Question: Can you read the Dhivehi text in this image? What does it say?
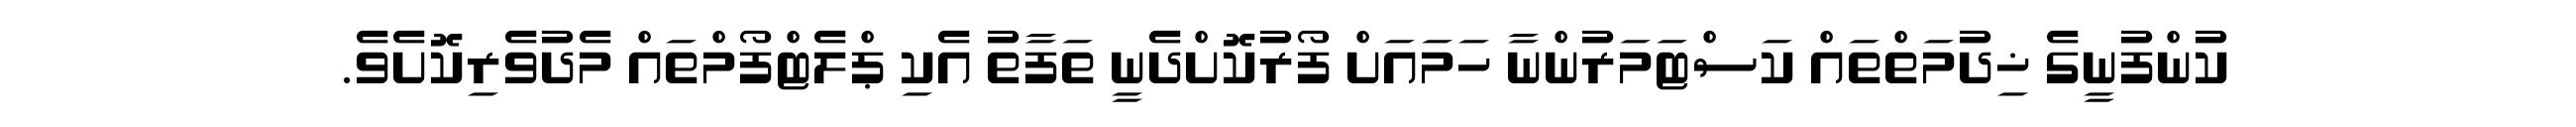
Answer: ކުންފުނީގެ ޚިދުމަތްތައް ކަސްޓަމަރުންނާ ހަމައަށް ފޯރުކޮށްދެނީ ތަފާތު އެކި ޕްލެޓްފޯމްތައް މެދުވެރިކޮށެވެ.